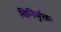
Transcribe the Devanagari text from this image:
विनिर्मुक्तः